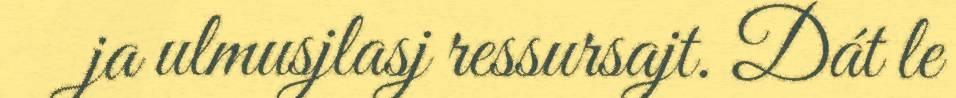
ja ulmusjlasj ressursajt. Dát le